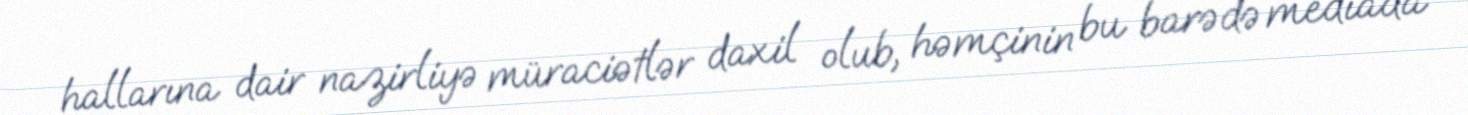
hallarına dair nazirliyə müraciətlər daxil olub, həmçinin bu barədə mediada